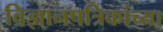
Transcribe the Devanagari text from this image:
विज्ञानपत्रिकांच्या